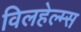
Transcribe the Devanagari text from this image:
विलहेल्म्स